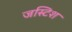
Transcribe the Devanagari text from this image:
जस्टिश